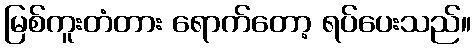
မြစ်ကူးတံတား ရောက်တော့ ရပ်ပေးသည်။